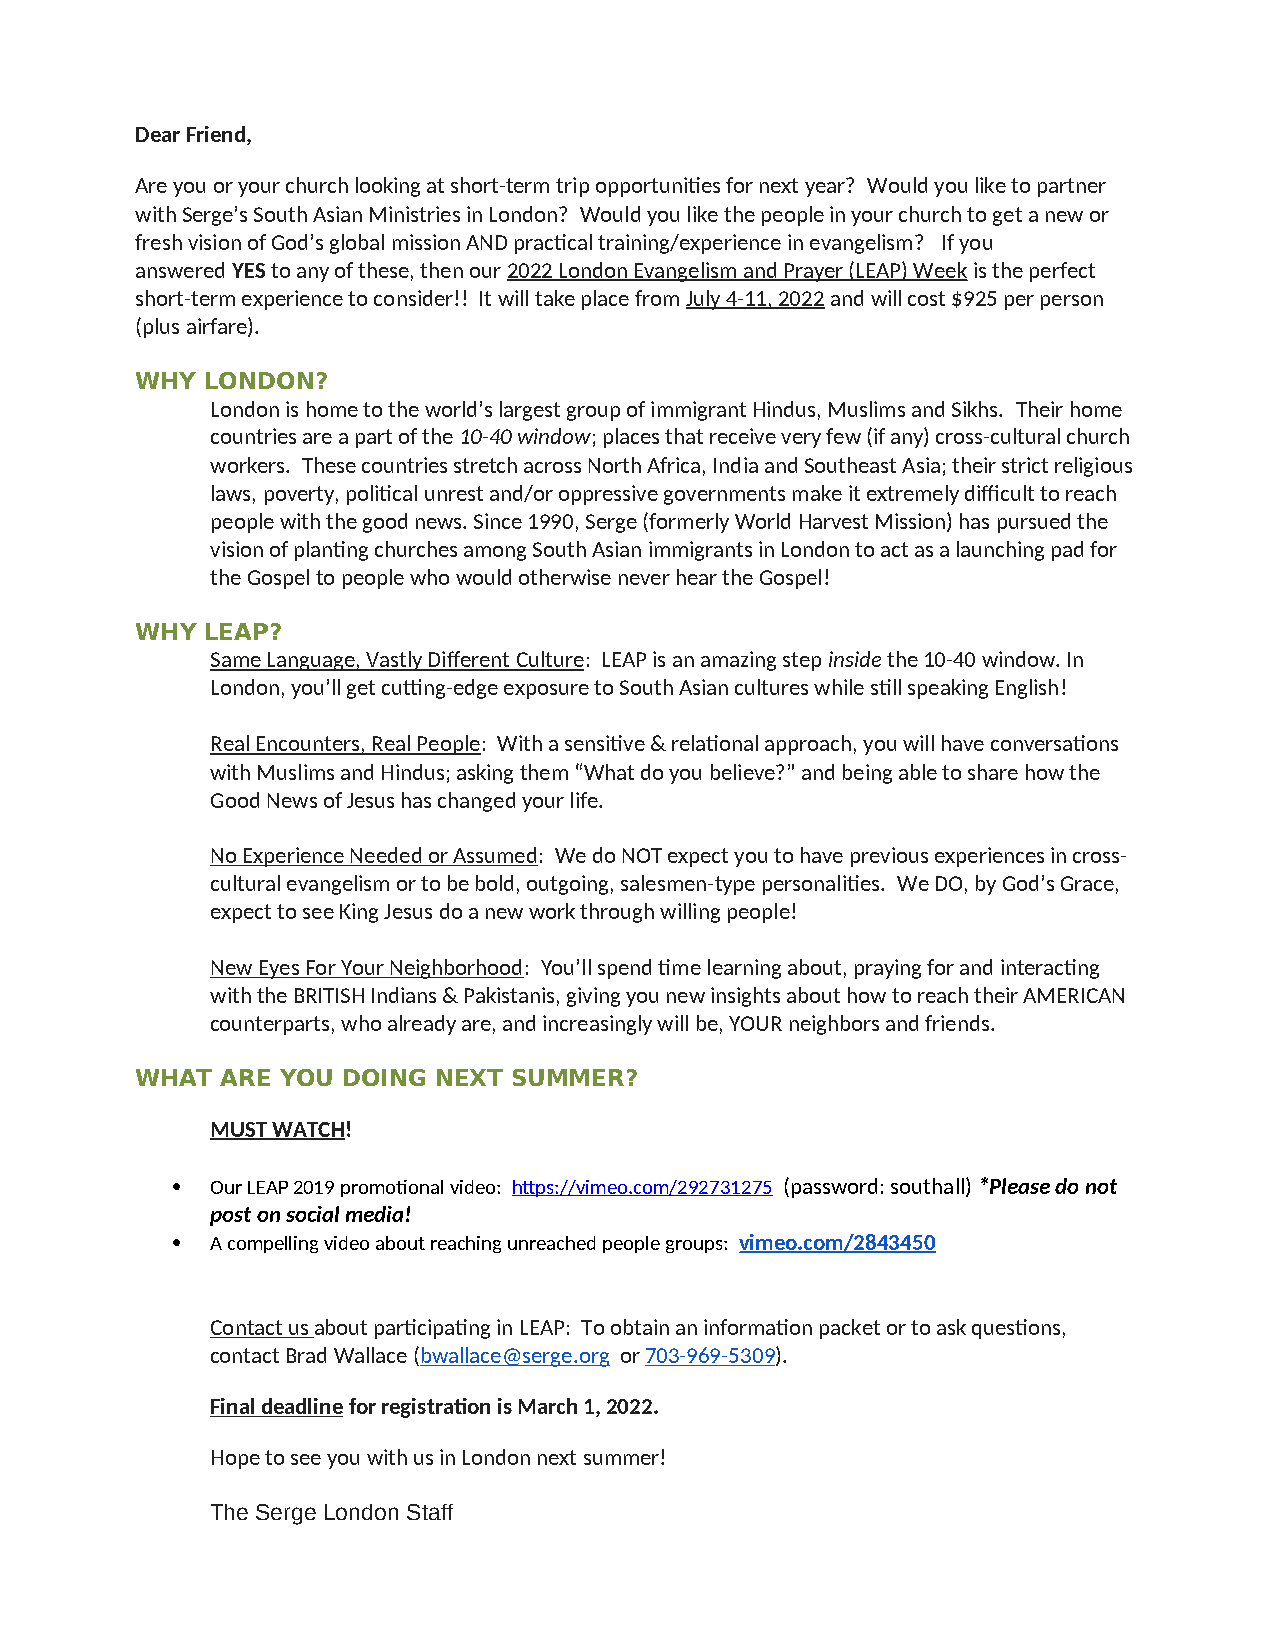
Dear Friend,
 Are you or your church looking at short-term trip opportunities for next year? Would you like to partner
 with Serge’s South Asian Ministries in London? Would you like the people in your church to get a new or
 fresh vision of God’s global mission AND practical training/experience in evangelism? If you
 answered YES to any of these, then our 2022 London Evangelism and Prayer (LEAP) Week is the perfect
 short-term experience to consider!! It will take place from July 4-11, 2022 and will cost $925 per person
 (plus airfare).
 WHY  LONDON?
 London is home to the world’s largest group of immigrant Hindus, Muslims and Sikhs. Their home
 countries are a part of the 10-40 window; places that receive very few (if any) cross-cultural church
 workers. These countries stretch across North Africa, India and Southeast Asia; their strict religious
 laws, poverty, political unrest and/or oppressive governments make it extremely difficult to reach
 people with the good news. Since 1990, Serge (formerly World Harvest Mission) has pursued the
 vision of planting churches among South Asian immigrants in London to act as a launching pad for
 the Gospel to people who would otherwise never hear the Gospel!
 WHY  LEAP?
 Same Language, Vastly Different Culture: LEAP is an amazing step inside the 10-40 window. In
 London, you’ll get cutting-edge exposure to South Asian cultures while still speaking English!
 Real Encounters, Real People: With a sensitive & relational approach, you will have conversations
 with Muslims and Hindus; asking them “What do you believe?” and being able to share how the
 Good News of Jesus has changed your life.
 No Experience Needed or Assumed: We do NOT expect you to have previous experiences in cross-
 cultural evangelism or to be bold, outgoing, salesmen-type personalities. We DO, by God’s Grace,
 expect to see King Jesus do a new work through willing people!
 New Eyes For Your Neighborhood: You’ll spend time learning about, praying for and interacting
 with the BRITISH Indians & Pakistanis, giving you new insights about how to reach their AMERICAN
 counterparts, who already are, and increasingly will be, YOUR neighbors and friends.
 WHAT  ARE YOU DOING NEXT SUMMER?
 MUST WATCH!
   Our LEAP 2019 promotional video: https://vimeo.com/292731275 (password: southall) *Please do not
 post on social media!
   A compelling video about reaching unreached people groups: vimeo.com/2843450
 Contact us about participating in LEAP: To obtain an information packet or to ask questions,
 contact Brad Wallace (bwallace@serge.org or 703-969-5309).
 Final deadline for registration is March 1, 2022.
 Hope to see you with us in London next summer!
 The Serge London Staff